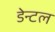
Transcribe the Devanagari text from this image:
डेन्टल